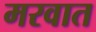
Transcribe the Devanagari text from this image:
मरवात